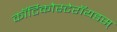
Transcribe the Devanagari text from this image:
कॉर्टिकोस्टेरॉयडस्